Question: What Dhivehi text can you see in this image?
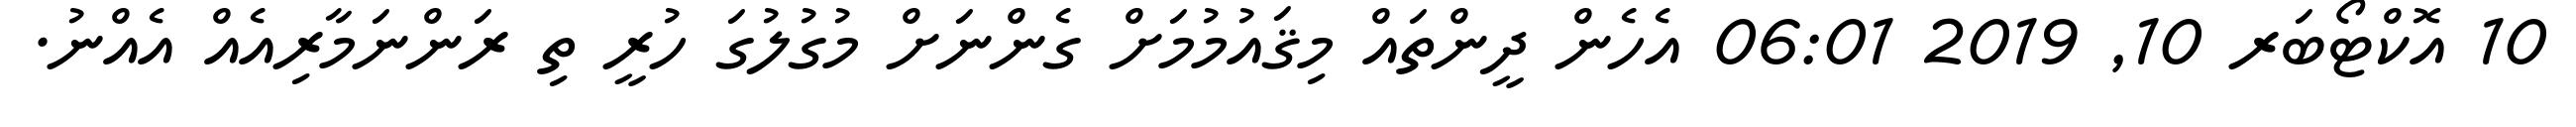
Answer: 10 އޮކްޓޯބަރ 10, 2019 06:01 އެހެން ދީންތައް މިޤައުމުމަށް ގެންނަށް މުގުލުގަ ހުރީ ތި ރަންނަމާރިއެއް އެއްނު.